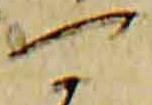
可